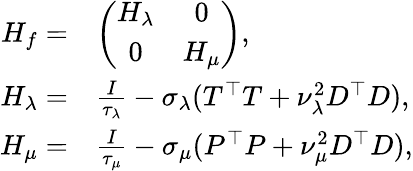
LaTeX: \begin{array}{rl}{H_{f}=}&{\left(\begin{array}{cc}{H_{\lambda}}&{0}\\ {0}&{H_{\mu}}\end{array}\right),}\\ {H_{\lambda}=}&{\frac{I}{\tau_{\lambda}}-\sigma_{\lambda}(T^{\top}T+\nu_{\lambda}^{2}D^{\top}D),}\\ {H_{\mu}=}&{\frac{I}{\tau_{\mu}}-\sigma_{\mu}(P^{\top}P+\nu_{\mu}^{2}D^{\top}D),}\end{array}